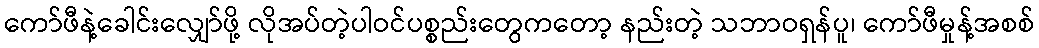
ကော်ဖီနဲ့ခေါင်းလျှော်ဖို့ လိုအပ်တဲ့ပါဝင်ပစ္စည်းတွေကတော့ နည်းတဲ့ သဘာဝရှန်ပူ၊ ကော်ဖီမှုန့်အစစ်